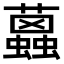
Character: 𧔐